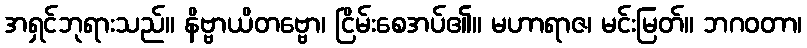
အရှင်ဘုရားသည်။ နိဗ္ဗာယိတဗ္ဗော၊ ငြိမ်းစေအပ်၏။ မဟာရာဇ၊ မင်းမြတ်။ ဘဂဝတာ၊